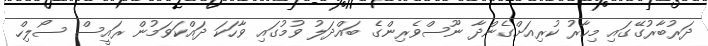
ދަރުބާރުގޭގައި މިހާރު ކުރިއަށްގެންދާ ނޫސްވެރިންގެ ބައްދަލު ވުމުގައި ވާހަކަ ދައްކަވަމުން ރައީސް ސޯލިހް